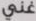
غني